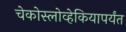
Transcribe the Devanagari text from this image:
चेकोस्लोव्हेकियापर्यंत